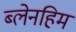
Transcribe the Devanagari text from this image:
ब्लेनहिम